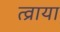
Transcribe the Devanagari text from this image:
त्व्राया